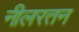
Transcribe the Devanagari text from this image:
नीलरतन